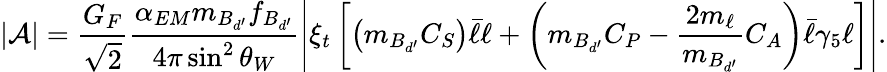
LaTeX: \left|\mathcal{A}\right|=\frac{G_{F}}{\sqrt{2}}\frac{\alpha_{EM}m_{B_{d^{\prime}}}f_{B_{d^{\prime}}}}{4\pi\sin^{2}\theta_{W}}\left|\xi_{t}\left[\left(m_{B_{d^{\prime}}}C_{S}\right)\bar{\ell}\ell+\left(m_{B_{d^{\prime}}}C_{P}-\frac{2m_{\ell}}{m_{B_{d^{\prime}}}}C_{A}\right)\bar{\ell}\gamma_{5}\ell\right]\right|.